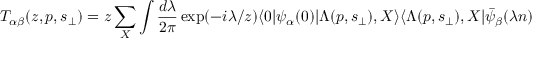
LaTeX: T _ { \alpha \beta } ( z , p , s _ { \perp } ) = z \sum _ { X } \int \frac { d \lambda } { 2 \pi } \exp ( - i \lambda / z ) \langle 0 | \psi _ { \alpha } ( 0 ) | \Lambda ( p , s _ { \perp } ) , X \rangle \langle \Lambda ( p , s _ { \perp } ) , X | \bar { \psi } _ { \beta } ( \lambda n ) | 0 \rangle ,